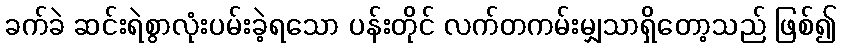
ခက်ခဲ ဆင်းရဲစွာလုံးပမ်းခဲ့ရသော ပန်းတိုင် လက်တကမ်းမျှသာရှိတော့သည် ဖြစ်၍